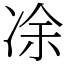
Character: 凃